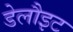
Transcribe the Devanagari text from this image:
डेलौइट